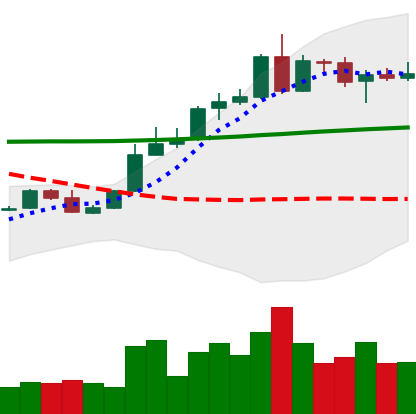
Ticker: ADA-USD
Chart end date: 2020-05-06
Forward return: -3.333%
Label: down_3_5